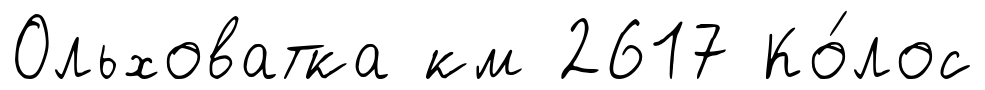
Ольховатка км 2617 Ко́лос